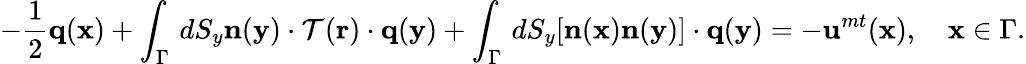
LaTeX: -\frac{1}{2}\mathbf{q}(\mathbf{x})+\int_{\Gamma}\, dS_{y}\mathbf{n}(\mathbf{y})\cdot\mathcal{T}(\mathbf{r})\cdot\mathbf{q}(\mathbf{y})+\int_{\Gamma}\, dS_{y}[\mathbf{n}(\mathbf{x})\mathbf{n}(\mathbf{y})]\cdot\mathbf{q}(\mathbf{y})=-\mathbf{u}^{mt}(\mathbf{x}),~~~~\mathbf{x}\in\Gamma.